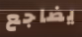
يضاجع